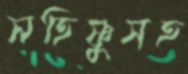
সহিষ্ণুসহ